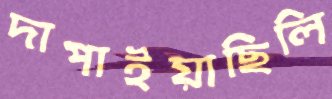
দাপাইয়াছিলি